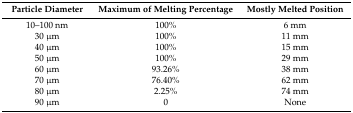
<table><thead><tr><td><b>Particle Diameter</b></td><td><b>Maximum of Melting Percentage</b></td><td><b>Mostly Melted Position</b></td></tr></thead><tbody><tr><td>10–100 nm</td><td>100%</td><td>6 mm</td></tr><tr><td>30 μm</td><td>100%</td><td>11 mm</td></tr><tr><td>40 μm</td><td>100%</td><td>15 mm</td></tr><tr><td>50 μm</td><td>100%</td><td>29 mm</td></tr><tr><td>60 μm</td><td>93.26%</td><td>38 mm</td></tr><tr><td>70 μm</td><td>76.40%</td><td>62 mm</td></tr><tr><td>80 μm</td><td>2.25%</td><td>74 mm</td></tr><tr><td>90 μm</td><td>0</td><td>None</td></tr></tbody></table>